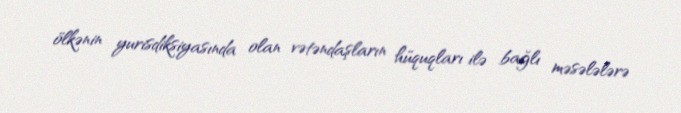
ölkənin yurisdiksiyasında olan vətəndaşların hüquqları ilə bağlı məsələlərə